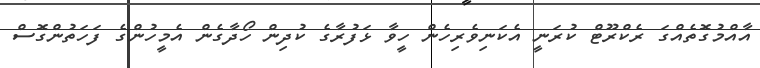
އާއްމުގޮތެއްގަ ރެކްރޫޓް ކުރަނީ އެކަނިވެރިހެން ހީވާ ޅަފުރާގެ ކުދިން ހޯދާގެން އެމީހުންގެ ފަހަތުންގޮސް